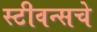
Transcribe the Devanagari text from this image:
स्टीवन्सचे